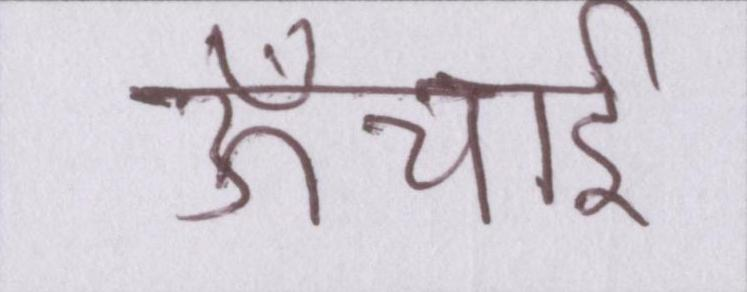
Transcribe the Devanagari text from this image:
ऊँचाई